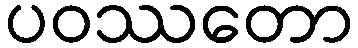
ပဝဿတော